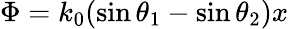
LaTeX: \Phi=k_{0}(\sin\theta_{\mathrm{1}}-\sin\theta_{\mathrm{2}})x